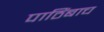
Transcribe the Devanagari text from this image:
पाठिंबाच